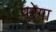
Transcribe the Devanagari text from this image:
परेगा